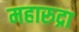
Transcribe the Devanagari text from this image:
महारुद्रा